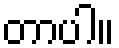
တာပါ။